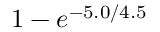
1 - e ^ { - 5 . 0 / 4 . 5 }